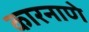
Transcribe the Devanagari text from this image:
कारनाणे